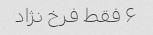
۶ فقط فرخ نژاد